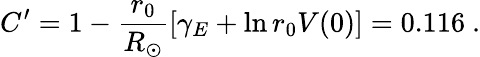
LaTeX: C^{\prime}=1-\frac{r_{0}}{R_{\odot}}[\gamma_{E}+\ln r_{0}V(0)]=0.116\ .